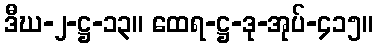
ဒီဃ-၂-ဋ္ဌ-၁၃။ ထေရ-ဋ္ဌ-ဒု-အုပ်-၄၁၅။